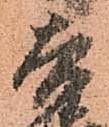
吉